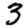
Digit: 3